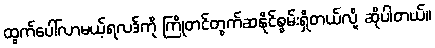
ထွက်ပေါ်လာမယ့်ရလဒ်ကို ကြိုတင်တွက်ဆနိုင်စွမ်းရှိတယ်လို့ ဆိုပါတယ်။